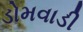
ડોમવાડી